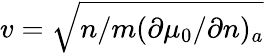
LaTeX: v=\sqrt{n/m(\partial\mu_{0}/\partial n)_{a}}